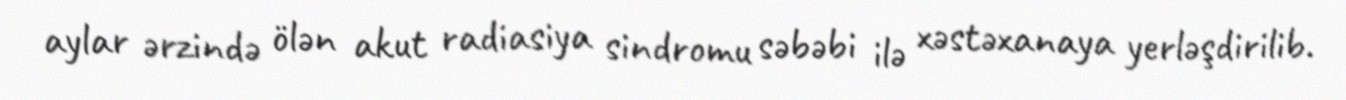
aylar ərzində ölən akut radiasiya sindromu səbəbi ilə xəstəxanaya yerləşdirilib.